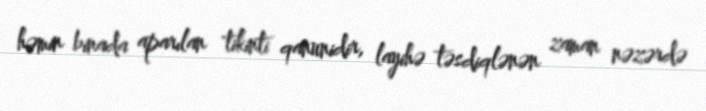
həmin binada aparılan tikinti qanunidir, layihə təsdiqlənən zaman nəzərdə